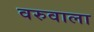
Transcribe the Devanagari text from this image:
वरुवाला